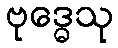
ဗုဒ္ဓေသု